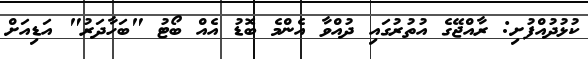
ކުޅުދުއްފުށި: ރާއްޖޭގެ އުތުރުގައި ދުއްވާ އެންމެ ބޮޑު އެއް ބޯޓު "ބަހާދަރު" އަޑިއަށް